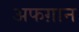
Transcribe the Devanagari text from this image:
अफग़ान